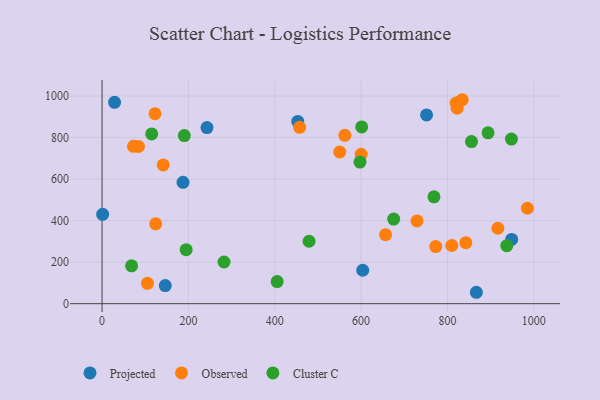
{"axis": {"x": "Price", "y": "Salary"}, "legend": ["Cluster C", "Observed", "Projected"], "data": [{"x": "948.8", "y": 309.4, "type": "Projected"}, {"x": "1.3", "y": 430.2, "type": "Projected"}, {"x": "603.8", "y": 161.0, "type": "Projected"}, {"x": "29.0", "y": 969.8, "type": "Projected"}, {"x": "867.0", "y": 55.0, "type": "Projected"}, {"x": "146.4", "y": 87.4, "type": "Projected"}, {"x": "751.7", "y": 909.0, "type": "Projected"}, {"x": "453.3", "y": 877.9, "type": "Projected"}, {"x": "243.0", "y": 847.9, "type": "Projected"}, {"x": "187.5", "y": 584.5, "type": "Projected"}, {"x": "122.6", "y": 914.7, "type": "Observed"}, {"x": "729.6", "y": 398.8, "type": "Observed"}, {"x": "457.7", "y": 849.3, "type": "Observed"}, {"x": "773.0", "y": 274.9, "type": "Observed"}, {"x": "550.6", "y": 730.4, "type": "Observed"}, {"x": "141.6", "y": 668.2, "type": "Observed"}, {"x": "834.3", "y": 982.2, "type": "Observed"}, {"x": "916.8", "y": 363.4, "type": "Observed"}, {"x": "985.2", "y": 459.6, "type": "Observed"}, {"x": "842.7", "y": 293.8, "type": "Observed"}, {"x": "124.3", "y": 384.8, "type": "Observed"}, {"x": "600.2", "y": 719.2, "type": "Observed"}, {"x": "656.7", "y": 332.4, "type": "Observed"}, {"x": "810.1", "y": 280.3, "type": "Observed"}, {"x": "820.0", "y": 966.3, "type": "Observed"}, {"x": "84.4", "y": 756.9, "type": "Observed"}, {"x": "822.5", "y": 941.7, "type": "Observed"}, {"x": "105.2", "y": 97.9, "type": "Observed"}, {"x": "72.8", "y": 758.0, "type": "Observed"}, {"x": "562.4", "y": 810.7, "type": "Observed"}, {"x": "479.5", "y": 300.6, "type": "Cluster C"}, {"x": "894.1", "y": 823.0, "type": "Cluster C"}, {"x": "405.6", "y": 106.3, "type": "Cluster C"}, {"x": "194.8", "y": 260.2, "type": "Cluster C"}, {"x": "190.5", "y": 809.4, "type": "Cluster C"}, {"x": "68.4", "y": 182.3, "type": "Cluster C"}, {"x": "768.8", "y": 514.8, "type": "Cluster C"}, {"x": "601.4", "y": 851.1, "type": "Cluster C"}, {"x": "597.4", "y": 682.1, "type": "Cluster C"}, {"x": "115.0", "y": 817.3, "type": "Cluster C"}, {"x": "948.3", "y": 792.8, "type": "Cluster C"}, {"x": "855.7", "y": 780.6, "type": "Cluster C"}, {"x": "937.5", "y": 279.2, "type": "Cluster C"}, {"x": "282.5", "y": 200.8, "type": "Cluster C"}, {"x": "675.5", "y": 407.5, "type": "Cluster C"}]}